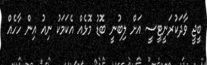
ބީޖީ ވާދަކުރަނީޓީސީ އަށް ލިބުނީ ބޮޑު މޮޅެއް އެކަމަކު ނިއު އިން ހާހެއް